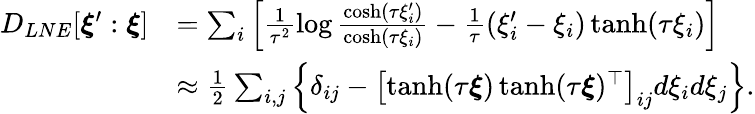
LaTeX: \begin{array}{rl}{D_{LNE}[\boldsymbol{\xi}^{\prime}:\boldsymbol{\xi}]}&{=\sum_{i}\left[\frac{1}{\tau^{2}}\log\frac{\cosh(\tau\xi_{i}^{\prime})}{\cosh(\tau\xi_{i})}-\frac{1}{\tau}(\xi_{i}^{\prime}-\xi_{i})\operatorname{tanh}(\tau\xi_{i})\right]}\\ &{\approx\frac{1}{2}\sum_{i,j}\left\{ \delta_{ij}-\left[\operatorname{tanh}(\tau\boldsymbol{\xi})\operatorname{tanh}(\tau\boldsymbol{\xi})^{\top}\right]_{ij}d\xi_{i}d\xi_{j}\right\} .}\end{array}